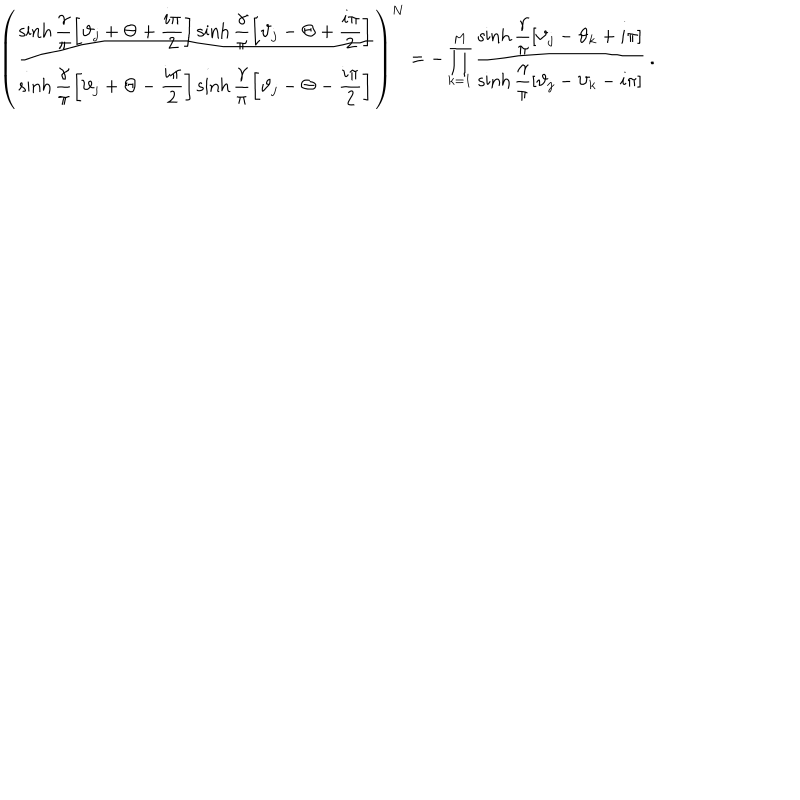
\left( \displaystyle \frac { \sinh \displaystyle \frac { \gamma } { \pi } \left[ \vartheta _ { j } + \Theta + \displaystyle \frac { i \pi } { 2 } \right] \sinh \displaystyle \frac { \gamma } { \pi } \left[ \vartheta _ { j } - \Theta + \displaystyle \frac { i \pi } { 2 } \right] } { \sinh \displaystyle \frac { \gamma } { \pi } \left[ \vartheta _ { j } + \Theta - \displaystyle \frac { i \pi } { 2 } \right] \sinh \displaystyle \frac { \gamma } { \pi } \left[ \vartheta _ { j } - \Theta - \displaystyle \frac { i \pi } { 2 } \right] } \right) ^ { N } = - \prod _ { k = 1 } ^ { M } \displaystyle \frac { \sinh \displaystyle \frac { \gamma } { \pi } \left[ \vartheta _ { j } - \vartheta _ { k } + i \pi \right] } { \sinh \displaystyle \frac { \gamma } { \pi } \left[ \vartheta _ { j } - \vartheta _ { k } - i \pi \right] } \: .